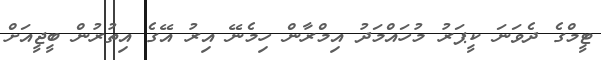
ޓީމްގެ ދެވަނަ ކީޕަރު މުހައްމަދު އިމްރާން ހިމެނޭ އިރު އޭގެ އިތުރުން ބީޖީއަށް